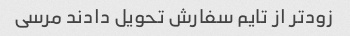
زود‌تر از تایم سفارش تحویل دادند مرسی